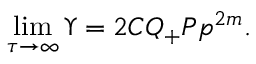
\operatorname * { l i m } _ { \tau \rightarrow \infty } \Upsilon = 2 C Q _ { + } P { p } ^ { 2 m } .